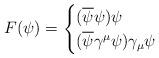
LaTeX: \begin{align*} F(\psi) = \begin{cases} (\overline{\psi} \psi) \psi \\ (\overline{\psi} \gamma^\mu \psi) \gamma_\mu \psi \end{cases}\end{align*}